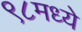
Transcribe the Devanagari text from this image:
९८मध्ये